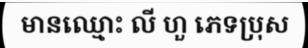
មានឈ្មោះ លី ហួ ភេទប្រុស